King Institute of Preventive Medicine Bacteriolog. Section reports 1907-08
Year: 1907
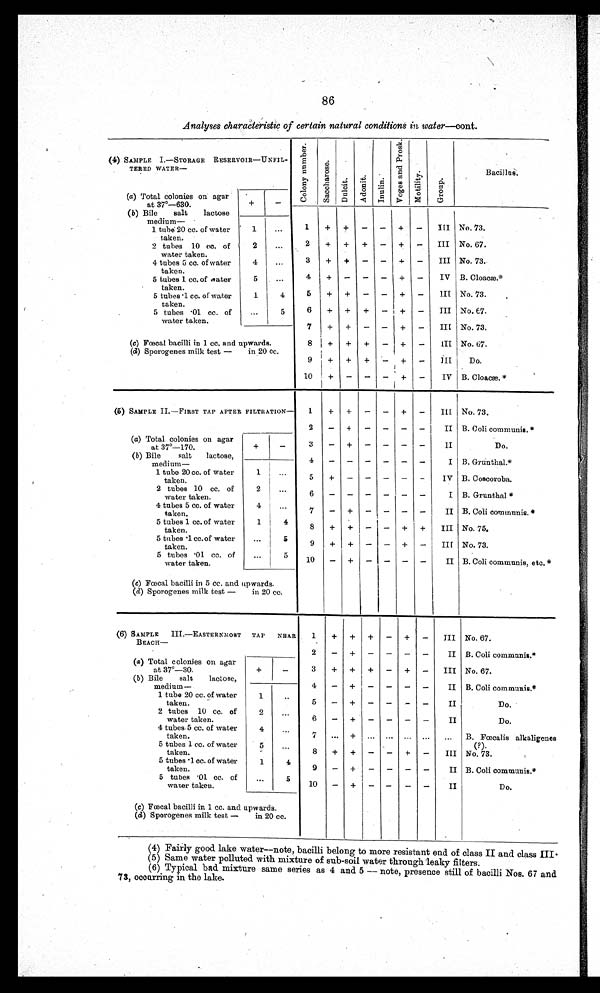
Analyses characteristic of certain natural conditions in water—cont.
4) SAMPLE I.—STORAGE RESERVOIR — UNFIL-
TERED WATER—
C o l o n y n u m b e r .
S a c c h a r o s e .
D u l c i t .
A d o n i t .
I n u l i n .
V o g e s a n d P r o s k .
M o t i l i t y .
G r o u p .
Bacillus.
No. 73.
No. 67.
No. 73.
B. Cloacm.*
No. 73.
No. £7.
No. 73.
(a) Total colonies on agar
at 37°—630.
(b) Bile
salt
lactose
medium—
1 tube. 20 cc. of water
taken.
2 tubes 10 cc. of
water taken.
4 tubes 5 cc. of water
taken.
5 tubes 1 cc. of oater
taken.
5 tubes • 1 cc. of water
taken.
5 tubes • 01 cc. of
water taken.
'4.
_
C C
1
2
3
4
6
6
7
+
+
+
I +
+
+
+
+
+
+
-
+
+
+
-
+
-
-
-
+
-
-
-
-
-
-
—
+
+
+
+
i +
+
-
-
-
-
-
-
–
III
III
III
IV
1I1
III
III
' 1
2
4
5
1
...
...
...
...
4
5
(c) Fœcal bacilli in 1 cc. and upwards.
8
(d) Sporogenes milk test —
in 20 cc.
9
10
j
+
1
+
1 +
+
+
-
+
-
+
-
-
-
i
+
+
+
-
-
-
III
III
IV
No. 67.
Do.
B. Cloacæ.*
(5) SAMPLE II.—FIRST TAP AFTER FILTRATION — 1
2
+
+
-
4
—
—
-
-
+
-
—
III
-
II
No. 73.
B. Coli communis.
Do.
13. Grnuthal.*
B. Coscoroba.
B. Grunthal *
B. Coli communis.'*
No. 75.
No. 73.
B. Coli communis, etc.*
(a) Total colonies on agar
_
at 37°—170.
(5) Bile
salt
lactose,
medium
—
1 tube 20 cc. of water
taken.
2 tubes 10 cc. of
water taken.
4 tubes 5 cc. of water
taken.
5 tubes 1 cc. of water
taken.
5 tubes 1 cc. of water
taken.
5 tubes .01 cc. of
water taken.
+
-
3
- 5"
7
8
9
10
-
+
-
+
+
-
+
-
+
+
+
+
-
-
-
-
-
-
-
-
-
-
-
-
-
-
-
+
-
-
-
-
-
-
II
I
IV
I
II
III
III
II
1
2
4
1
...
...
...
...
...
4
5
5
(c) Fœcal bacilli in 5 cc. and upwards.
(d) Sporogenes milk test — in 20 cc.
(6) SAMPLE
III.—EASTERNMOST
TAP
NEAR
B E A C H —
1
2
+
-
+
-
-
-
...
+
-
-
+
+
+
+
+
+
+
+
-
+
-
-
-
...
-
-
-
-
-
-
-
-
-
...
-
-
-
+
-
+
-
-
...
+
-
-
-
-
-
-
-
-
...
-
-
-
III
II
III
II
II
II
...
III
II
II
No. 67.
B. Coli communis.*
No. 67.
B. Coli communis.*
Do.
Do.
B. Fœcalis alkaligenes
(P).
No. 73.
B. Coli communis.*
Do.
(a) Total colonies on agar
at 37°—30.
(5) Bile
salt
lactose,
medium—
1 tube 20 cc. of water
taken.
2 tubes 10 cc. of
water taken.
4 tubes. .5 c c . o fw
a t e r
taken.
5 tubes 1 cc. of water
taken.
5 tu
a
bes .1 cc. of water
t ken.
5 tubes . 01 cc. o
water taken.
+
-
3
4
5
6
7
8
9
10
1
..
2
...
4
...
5. • •
1
4
...
5
(c) Fœcal bacilli in 1 cc. and upwards.
(a) Sporogenes milk test —
in 20 cc.
(4) Fairly good lake water—note, bacilli belong to more resistant end of class II and class III•
(5) Same water polluted with mixture of sub-soil water through leaky filters.
(6) Typical bad mixture same series as 4 and 5 — note, presence still of bacilli Nos. 67 and
73, occurring in the lake.